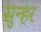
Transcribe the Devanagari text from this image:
सुन्हर